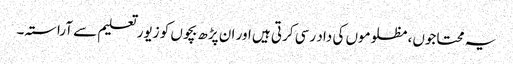
یہ محتاجوں، مظلوموں کی داد رسی کرتی ہیں اور ان پڑھ بچوں کو زیور تعلیم سے آراستہ۔